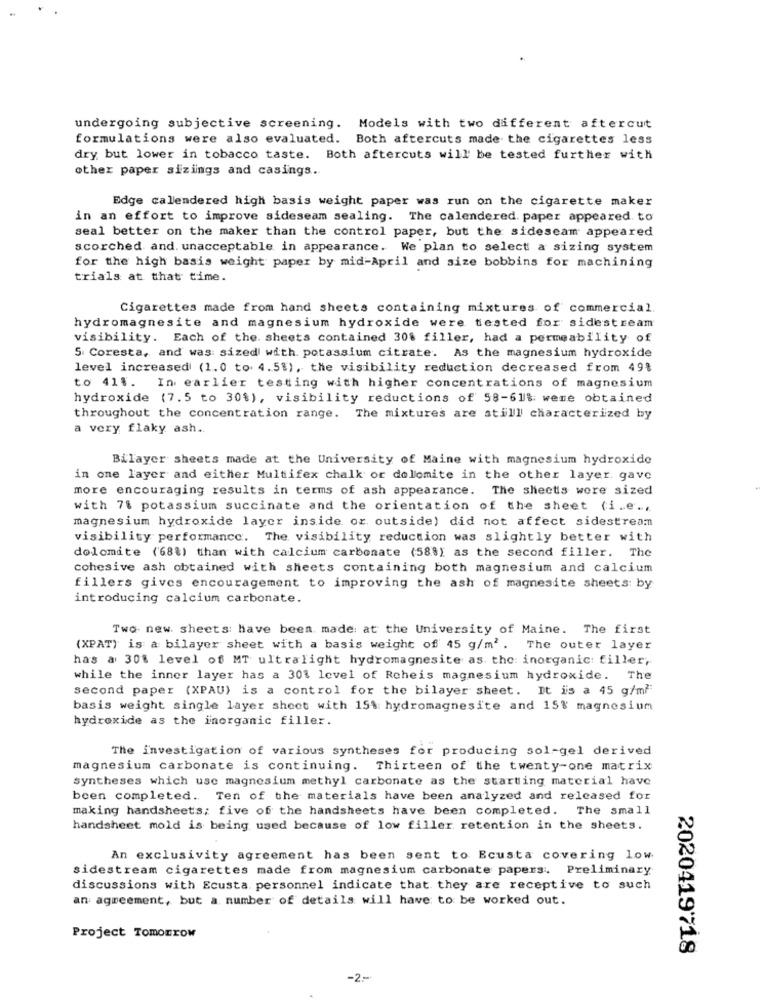
undergoing subjective screening. Models with two different aftercut
formulations were also evaluated. Both aftercuts made the cigarettes less
dry but lower in tobacco taste. Both aftercuts will be tested further with
other paper sizings and casings ..
Edge calendered high basis weight paper was run on the cigarette maker
in an effort to improve sideseam sealing. The calendered. paper appeared to
seal better on the maker than the control paper, but the sidescam appeared
scorched and. unacceptable in appearance. We plan to select a sizing system
for the high basis weight paper by mid-April and size bobbins for machining
trials at that time.
Cigarettes made from hand sheets containing mixtures of commercial.
hydromagnesite and magnesium hydroxide were tested for sidestream
visibility. Each of the. sheets contained 30% filler, had a permeability of
5. Coresta, and was: sized with potassium citrate. As the magnesium hydroxide
level increased (1.0 to 4.51), the visibility reduction decreased from 49%
to 41%. In earlier testing with higher concentrations of magnesium
hydroxide (7.5 to 30%), visibility reductions of 58-61% were obtained
throughout the concentration range. The mixtures are still characterized by
a very flaky ash ..
Bilayer sheets made at the University of Maine with magnesium hydroxide
in one layer and either Multifex chalk or dolomite in the other layer. gave
more encouraging results in terms of ash appearance. The sheets were sized
with 7% potassium succinate and the orientation of the sheet (i.e ..
magnesium hydroxide layer inside or outside) did not affect sidestream
visibility performance. The visibility reduction was slightly better with
dolomite ('68%) than with calcium carbonate (58%) as the second filler. The
cohesive ash obtained with sheets containing both magnesium and calcium
fillers gives encouragement to improving the ash of magnesite sheets: by
introducing calcium carbonate.
Two new. sheets: have been made at the University of Maine. The first
(XPAT) is a bilayer sheet with a basis weight of 45 g/m2. The outer layer
has a 30% level of MT ultralight hydromagnesite as the: inorganic: filler,
while the inner layer has a 301 level of Reheis magnesium hydroxide. The
second paper (XPAU) is a control for the bilayer sheet. It is a 45 g/ml
basis weight single layer sheet with 15% hydromagnesite and 15% magnesium
hydroxide as the inorganic filler.
The investigation of various syntheses for producing sol-gel derived
magnesium carbonate is continuing. Thirteen of the twenty-one matrix
syntheses which use magnesium methyl carbonate as the starting material have
been completed. Ten of the materials have been analyzed and released for
making handsheets; five of the handsheets have been completed. The small
handsheet mold is being used because of low filler retention in the sheets.
An exclusivity agreement has been sent to Ecusta covering low
sidestream cigarettes made from magnesium carbonate papers. Preliminary
discussions with Ecusta. personnel indicate that they are receptive to such
an agreement, but a number of details will have to be worked out.
Project Tomorrow
2020419718
-2-